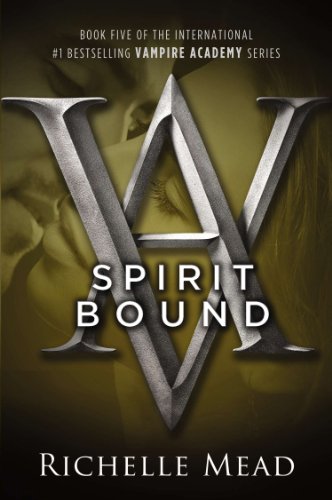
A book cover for Spirit Bound (Vampire Academy, Book 5); Richelle Mead; Teen & Young Adult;